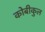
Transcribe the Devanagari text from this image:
कोबीकुल